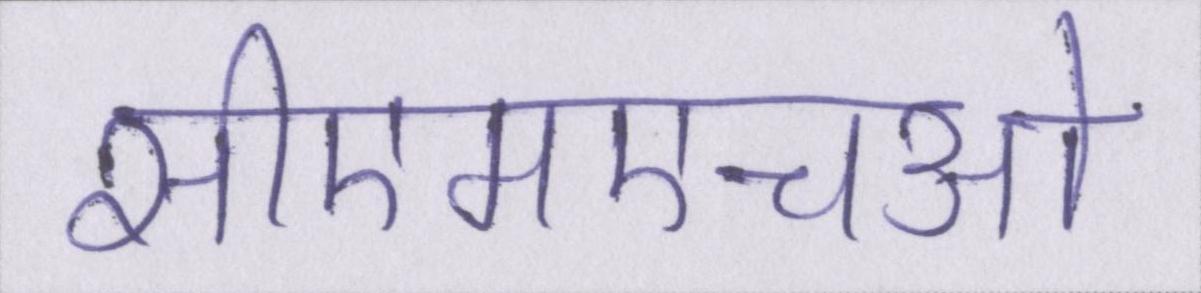
सीएमएचओ